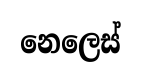
නෙලෙස්